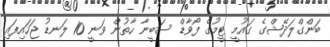
ބަންގްލަދޭޝްގެ ގައުމީ ޓީމުގެ ފޯވާޑް ސަބީނާ ހާތުން ވަނީ 10 ލަނޑު ޖަހައިފައި